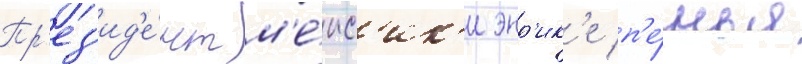
Пр'ез'ид'е́нт м'е́кс'ик'и энр'ик'е п'е́нья